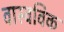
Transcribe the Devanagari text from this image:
वास्वविक